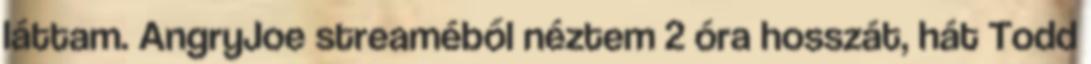
láttam. AngryJoe streaméből néztem 2 óra hosszát, hát Todd